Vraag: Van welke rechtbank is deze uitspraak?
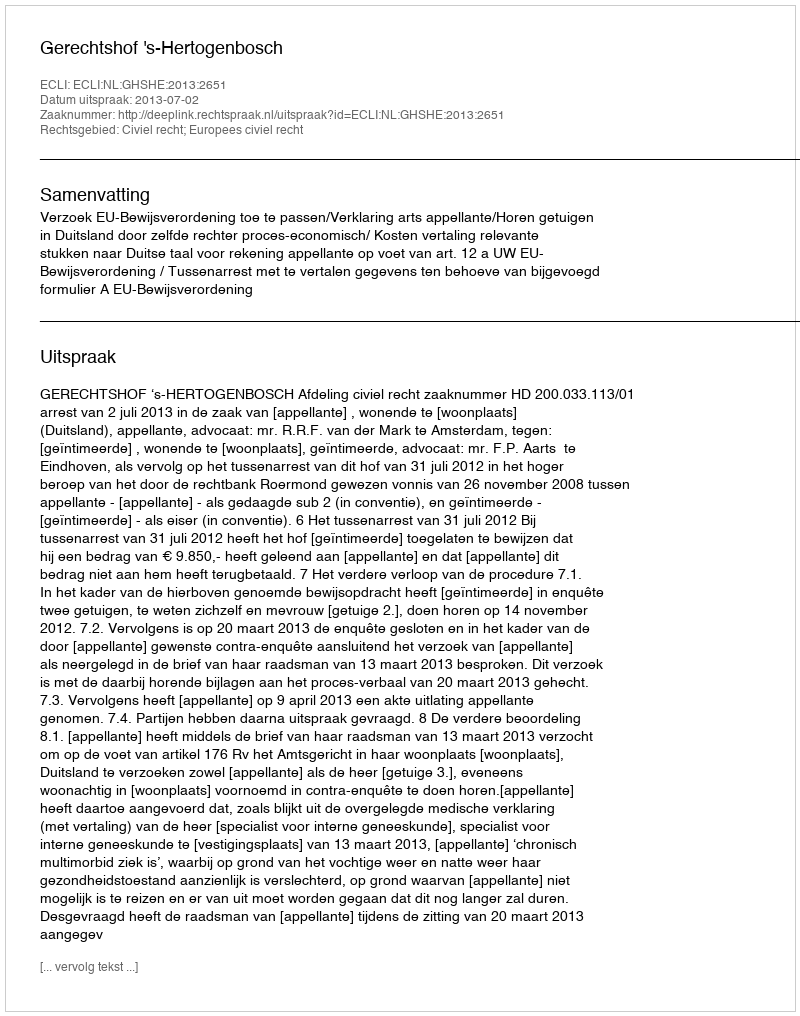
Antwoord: Gerechtshof 's-Hertogenbosch